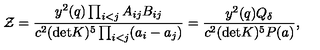
{ \cal Z } = { \frac { y ^ { 2 } ( q ) \prod _ { i < j } A _ { i j } B _ { i j } } { c ^ { 2 } ( \mathrm { d e t } K ) ^ { 5 } \prod _ { i < j } ( a _ { i } - a _ { j } ) } } = { \frac { y ^ { 2 } ( q ) Q _ { \delta } } { c ^ { 2 } ( \mathrm { d e t } K ) ^ { 5 } P ( a ) } } ,